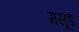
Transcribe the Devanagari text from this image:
मसूड